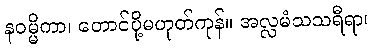
နဝမ္မိကာ၊ တောင်ပို့မဟုတ်ကုန်။ အလ္လမံသသရီရာ၊